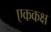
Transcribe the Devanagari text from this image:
एककक्ष